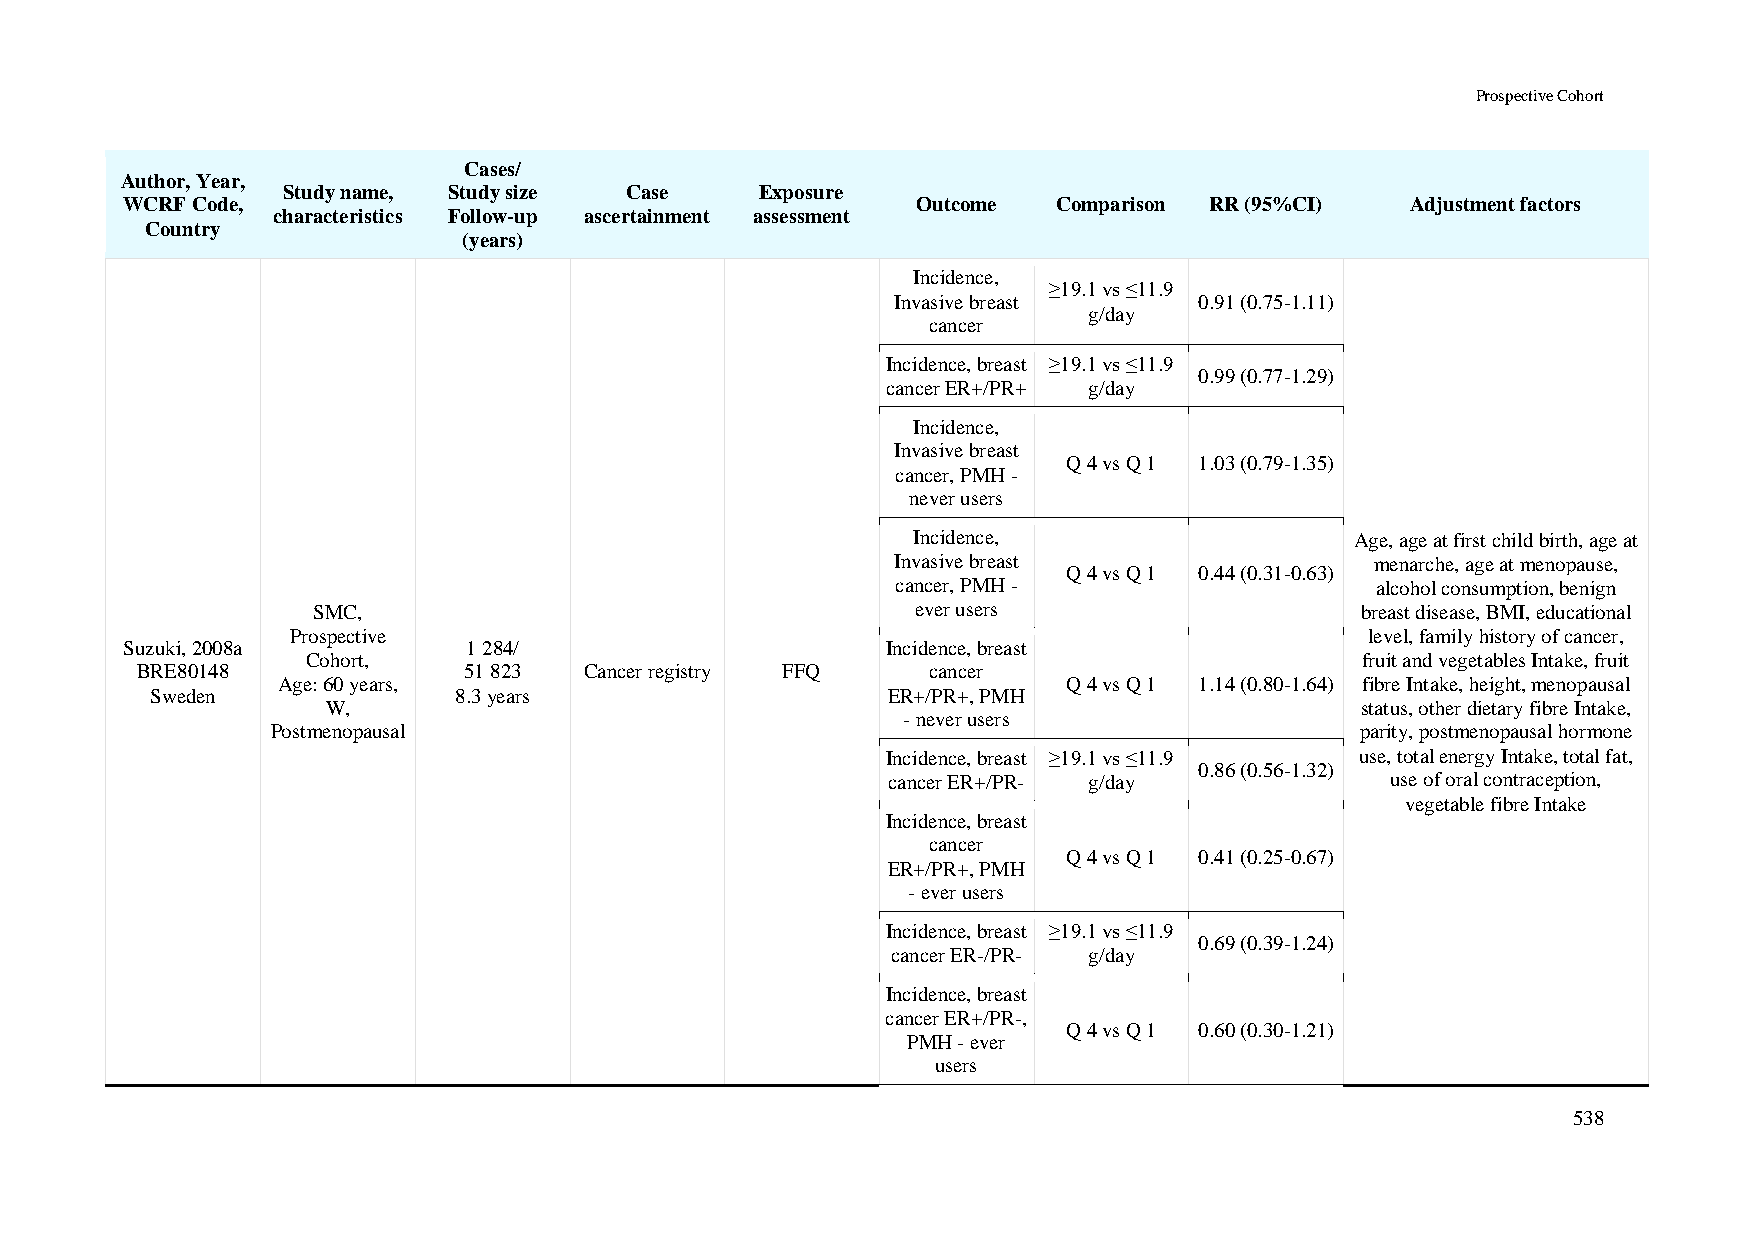
Prospective Cohort
 Cases/
 Author, Year,
 Study name, Study size Case    Exposure
 WCRF Code,                                           Outcome  Comparison RR (95%CI)  Adjustment factors
 characteristics Follow-up ascertainment assessment
 Country
 (years)
 Incidence,
 ≥19.1 vs ≤11.9
 Invasive breast     0.91 (0.75-1.11)
 g/day
 cancer
 Incidence, breast ≥19.1 vs ≤11.9
 0.99 (0.77-1.29)
 cancer ER+/PR+ g/day
 Incidence,
 Invasive breast
 Q 4 vs Q 1 1.03 (0.79-1.35)
 cancer, PMH -
 never users
 Incidence,                    Age, age at first child birth, age at
 Invasive breast                 menarche, age at menopause,
 Q 4 vs Q 1 0.44 (0.31-0.63)
 cancer, PMH -                   alcohol consumption, benign
 SMC,                                    ever users                   breast disease, BMI, educational
 Prospective                                                             level, family history of cancer,
 Suzuki, 2008a          1 284/                      Incidence, breast
 Cohort,                                                               fruit and vegetables Intake, fruit
 BRE80148              51 823  Cancer registry FFQ    cancer
 Age: 60 years,                                       Q 4 vs Q 1 1.14 (0.80-1.64) fibre Intake, height, menopausal
 Sweden              8.3 years                    ER+/PR+, PMH
 W,                                                                  status, other dietary fibre Intake,
 - never users
 Postmenopausal                                                          parity, postmenopausal hormone
 Incidence, breast ≥19.1 vs ≤11.9 use, total energy Intake, total fat,
 0.86 (0.56-1.32)
 cancer ER+/PR- g/day             use of oral contraception,
 vegetable fibre Intake
 Incidence, breast
 cancer
 Q 4 vs Q 1 0.41 (0.25-0.67)
 ER+/PR+, PMH
 - ever users
 Incidence, breast ≥19.1 vs ≤11.9
 0.69 (0.39-1.24)
 cancer ER-/PR- g/day
 Incidence, breast
 cancer ER+/PR-,
 Q 4 vs Q 1 0.60 (0.30-1.21)
 PMH - ever
 users
 538